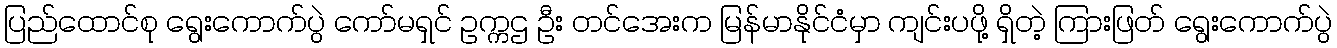
ပြည်ထောင်စု ရွေးကောက်ပွဲ ကော်မရှင် ဥက္ကဌ ဦး တင်အေးက မြန်မာနိုင်ငံမှာ ကျင်းပဖို့ ရှိတဲ့ ကြားဖြတ် ရွေးကောက်ပွဲ